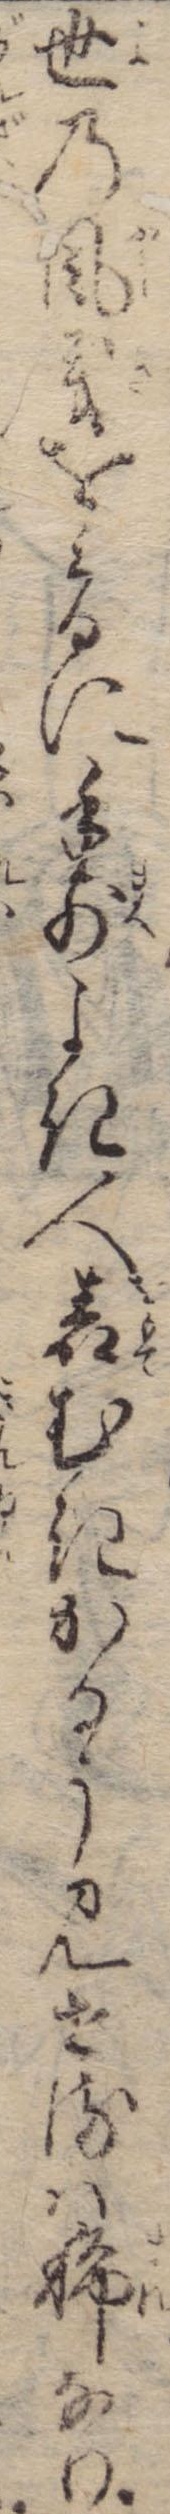
世の風義をみるに手前よき人表むきかるう見せるは稀なり